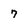
Character: 7